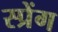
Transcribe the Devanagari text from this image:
स्प्रेंग